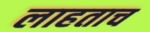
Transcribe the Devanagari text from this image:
लाहताच